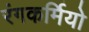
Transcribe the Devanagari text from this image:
रंगकर्मियो